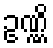
ဥဏ္ဏိ